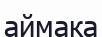
аймака